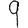
Digit: 9